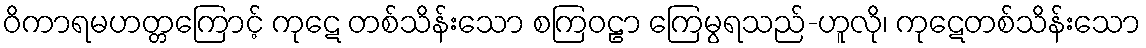
ဝိကာရမဟတ္တကြောင့် ကုဋေ တစ်သိန်းသော စကြဝဠာ ကြေမွရသည်-ဟူလို၊ ကုဋေတစ်သိန်းသော